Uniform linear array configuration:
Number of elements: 16
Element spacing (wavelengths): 0.25
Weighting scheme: uniform
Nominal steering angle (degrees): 45
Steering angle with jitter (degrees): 46.439
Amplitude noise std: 0.05
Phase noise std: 0.05

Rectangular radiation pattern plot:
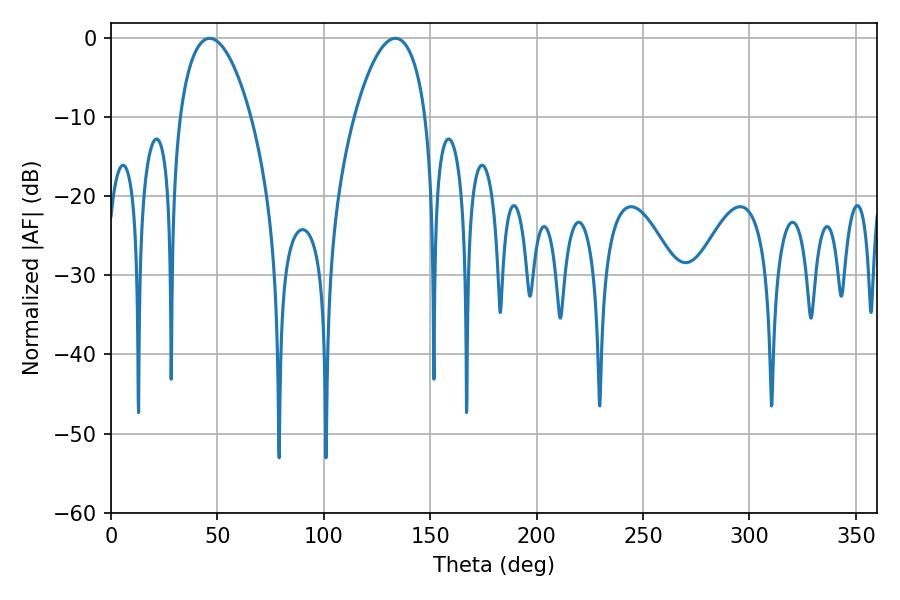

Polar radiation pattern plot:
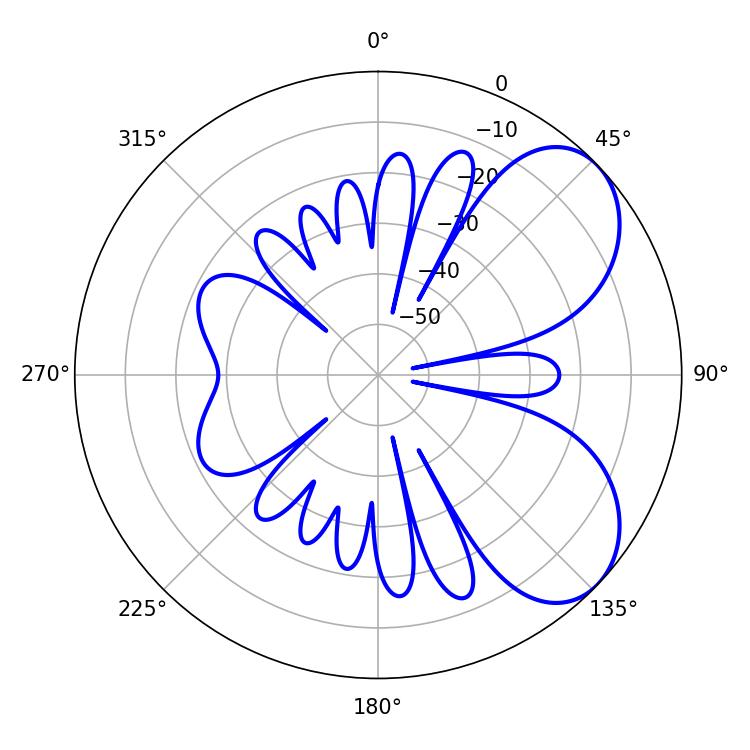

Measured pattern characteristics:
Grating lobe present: FALSE
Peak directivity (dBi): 5.945
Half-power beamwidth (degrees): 18.9
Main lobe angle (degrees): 46.44